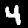
Digit: 4